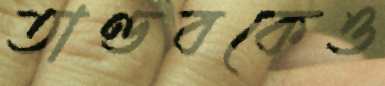
তাণ্ডবকেও